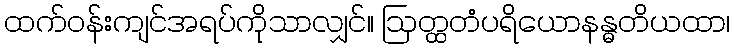
ထက်ဝန်းကျင်အရပ်ကိုသာလျှင်။ ဩတ္ထတံပရိယောနန္ဓတိယထာ၊